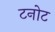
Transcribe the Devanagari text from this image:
टनोट